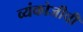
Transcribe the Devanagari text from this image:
व्यंकोजीची